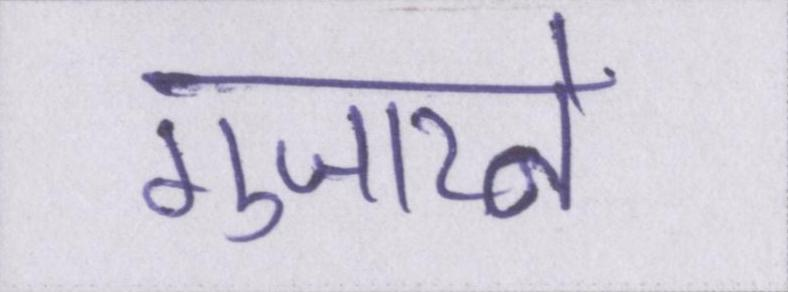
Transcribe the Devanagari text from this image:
गुजारने